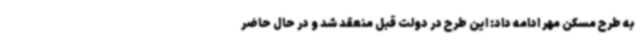
به طرح مسکن مهر ادامه داد: این طرح در دولت قبل منعقد شد و در حال حاضر